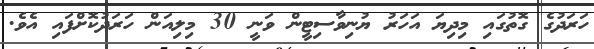
ހަރަދުގެ ގޮތުގައި މިދިޔަ އަހަރު ޔުނިވާސިޓީން ވަނީ 30 މިލިއަން ހަރަދުކޮށްފައި އެވެ.